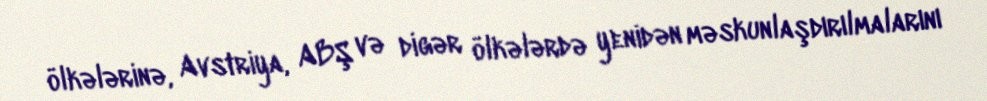
ölkələrinə, Avstriya, ABŞ və digər ölkələrdə yenidən məskunlaşdırılmalarını